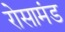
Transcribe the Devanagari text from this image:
रोसामंड